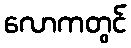
လောကတွင်